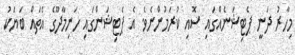
މިހާރު ދަނީ ޕެޓިޝަނެއްގައި ސޮއި ކުރަމުންނެވެ. އެ ޕެޓިޝަންގައި ހަނިމާދޫގެ އެތައް ބަޔަކު